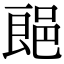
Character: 郒